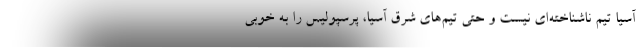
آسیا تیم ناشناخته‌ای نیست و حتی تیم‌های شرق آسیا، پرسپولیس را به خوبی